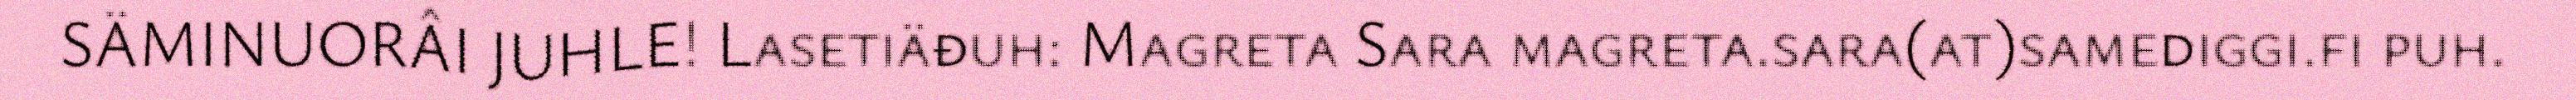
SÄMINUORÂI JUHLE! Lasetiäđuh: Magreta Sara magreta.sara(at)samediggi.fi puh.